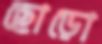
ছোড়ো